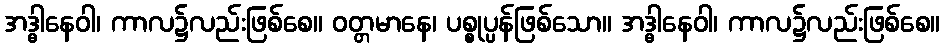
အဒ္ဓါနေဝါ၊ ကာလ၌လည်းဖြစ်စေ။ ဝတ္တမာနေ၊ ပစ္စုပ္ပန်ဖြစ်သော။ အဒ္ဓါနေဝါ၊ ကာလ၌လည်းဖြစ်စေ။